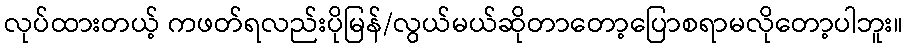
လုပ်ထားတယ့် ကဖတ်ရလည်းပိုမြန်/လွယ်မယ်ဆိုတာတော့ပြောစရာမလိုတော့ပါဘူး။